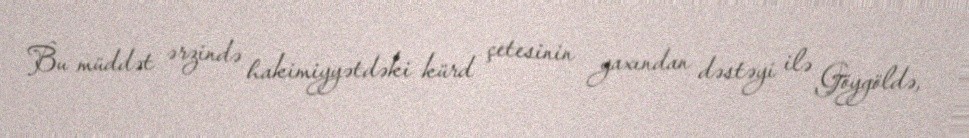
Bu müddət ərzində hakimiyyətdəki kürd çetesinin yaxından dəstəyi ilə Göygöldə,